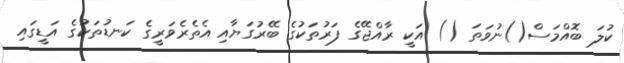
ކުލަ ބޮއްމަސް()ނުވަތަ () އަކީ ރާއްޖޭގެ ފަރުތަކުގެ ބޭރުގަޔާއި އެތެރެވަރީގެ ކަނޑުތަކުގެ އަޑީގައި